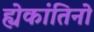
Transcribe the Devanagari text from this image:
ह्येकांतिनो